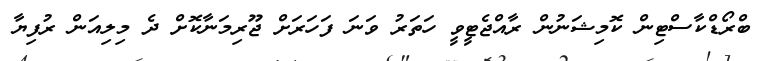
ބްރޯޑްކާސްޓިން ކޮމިޝަނުން ރާއްޖެޓީވީ ހަތަރު ވަނަ ފަހަރަށް ޖޫރިމަނާކޮށް ދެ މިލިއަން ރުފިޔާ